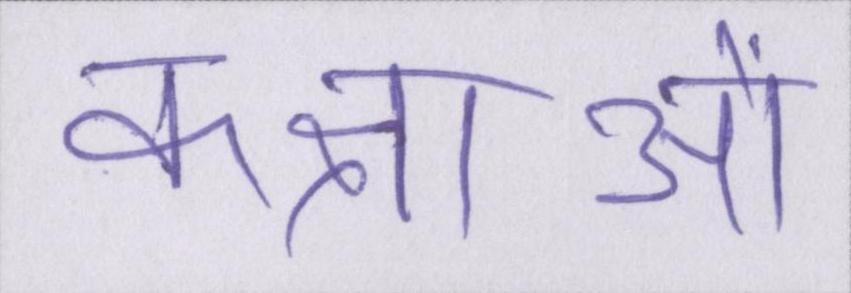
कक्षाओं